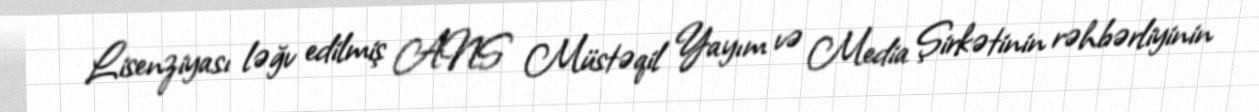
Lisenziyası ləğv edilmiş ANS Müstəqil Yayım və Media Şirkətinin rəhbərliyinin